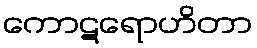
ကောဋရောဟိတာ